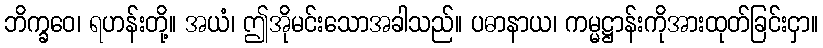
ဘိက္ခဝေ၊ ရဟန်းတို့။ အယံ၊ ဤအိုမင်းသောအခါသည်။ ပဓာနာယ၊ ကမ္မဋ္ဌာန်းကိုအားထုတ်ခြင်းငှာ။